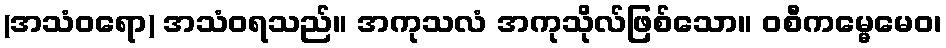
(အသံဝရော) အသံဝရသည်။ အကုသလံ အကုသိုလ်ဖြစ်သော။ ဝစီကမ္မေမေဝ၊